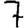
Digit: 7